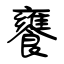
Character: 饔